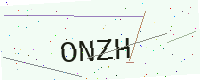
Text: ONZH